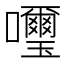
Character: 𫬹